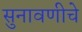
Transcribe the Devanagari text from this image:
सुनावणीचे